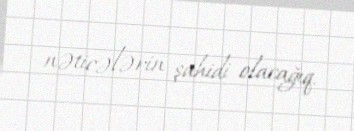
nəticələrin şahidi olacağıq.